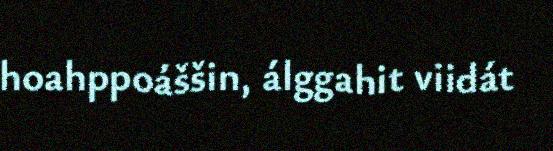
hoahppoáššin, álggahit viidát